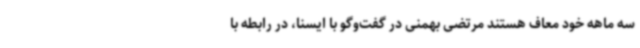
سه ماهه خود معاف هستند مرتضی بهمنی در گفت‌وگو با ایسنا، در رابطه با